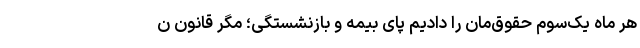
هر ماه یک‌سوم حقوق‌مان را دادیم پای بیمه و بازنشستگی؛ مگر قانون ن